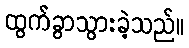
ထွက်ခွာသွားခဲ့သည်။